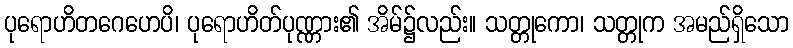
ပုရောဟိတဂေဟေပိ၊ ပုရောဟိတ်ပုဏ္ဏား၏ အိမ်၌လည်း။ သတ္တုကော၊ သတ္တုက အမည်ရှိသော